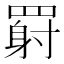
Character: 𬙥